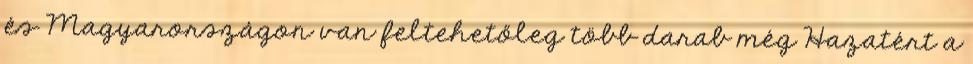
és Magyarországon van feltehetőleg több darab még Hazatért a